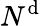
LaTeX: N^{\mathrm{d}}